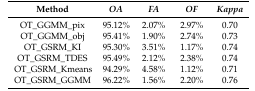
<table><thead><tr><td><b>Method</b></td><td><b><i>OA</i></b></td><td><b><i>FA</i></b></td><td><b><i>OF</i></b></td><td><b><i>Kappa</i></b></td></tr></thead><tbody><tr><td>OT_GGMM_pix</td><td>95.12%</td><td>2.07%</td><td>2.97%</td><td>0.70</td></tr><tr><td>OT_GGMM_obj</td><td>95.41%</td><td>1.90%</td><td>2.74%</td><td>0.73</td></tr><tr><td>OT_GSRM_KI</td><td>95.30%</td><td>3.51%</td><td>1.17%</td><td>0.74</td></tr><tr><td>OT_GSRM_TDES</td><td>95.49%</td><td>2.12%</td><td>2.38%</td><td>0.74</td></tr><tr><td>OT_GSRM_Kmeans</td><td>94.29%</td><td>4.58%</td><td>1.12%</td><td>0.71</td></tr><tr><td>OT_GSRM_GGMM</td><td>96.22%</td><td>1.56%</td><td>2.20%</td><td>0.76</td></tr></tbody></table>